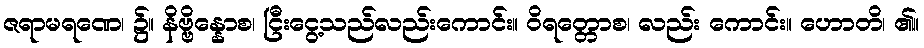
ဇရာမရဏေ၊ ၌။ နိဗ္ဗိန္နောစ၊ ငြီးငွေ့သည်လည်းကောင်း။ ဝိရတ္တောစ၊ လည်း ကောင်း။ ဟောတိ၊ ၏။